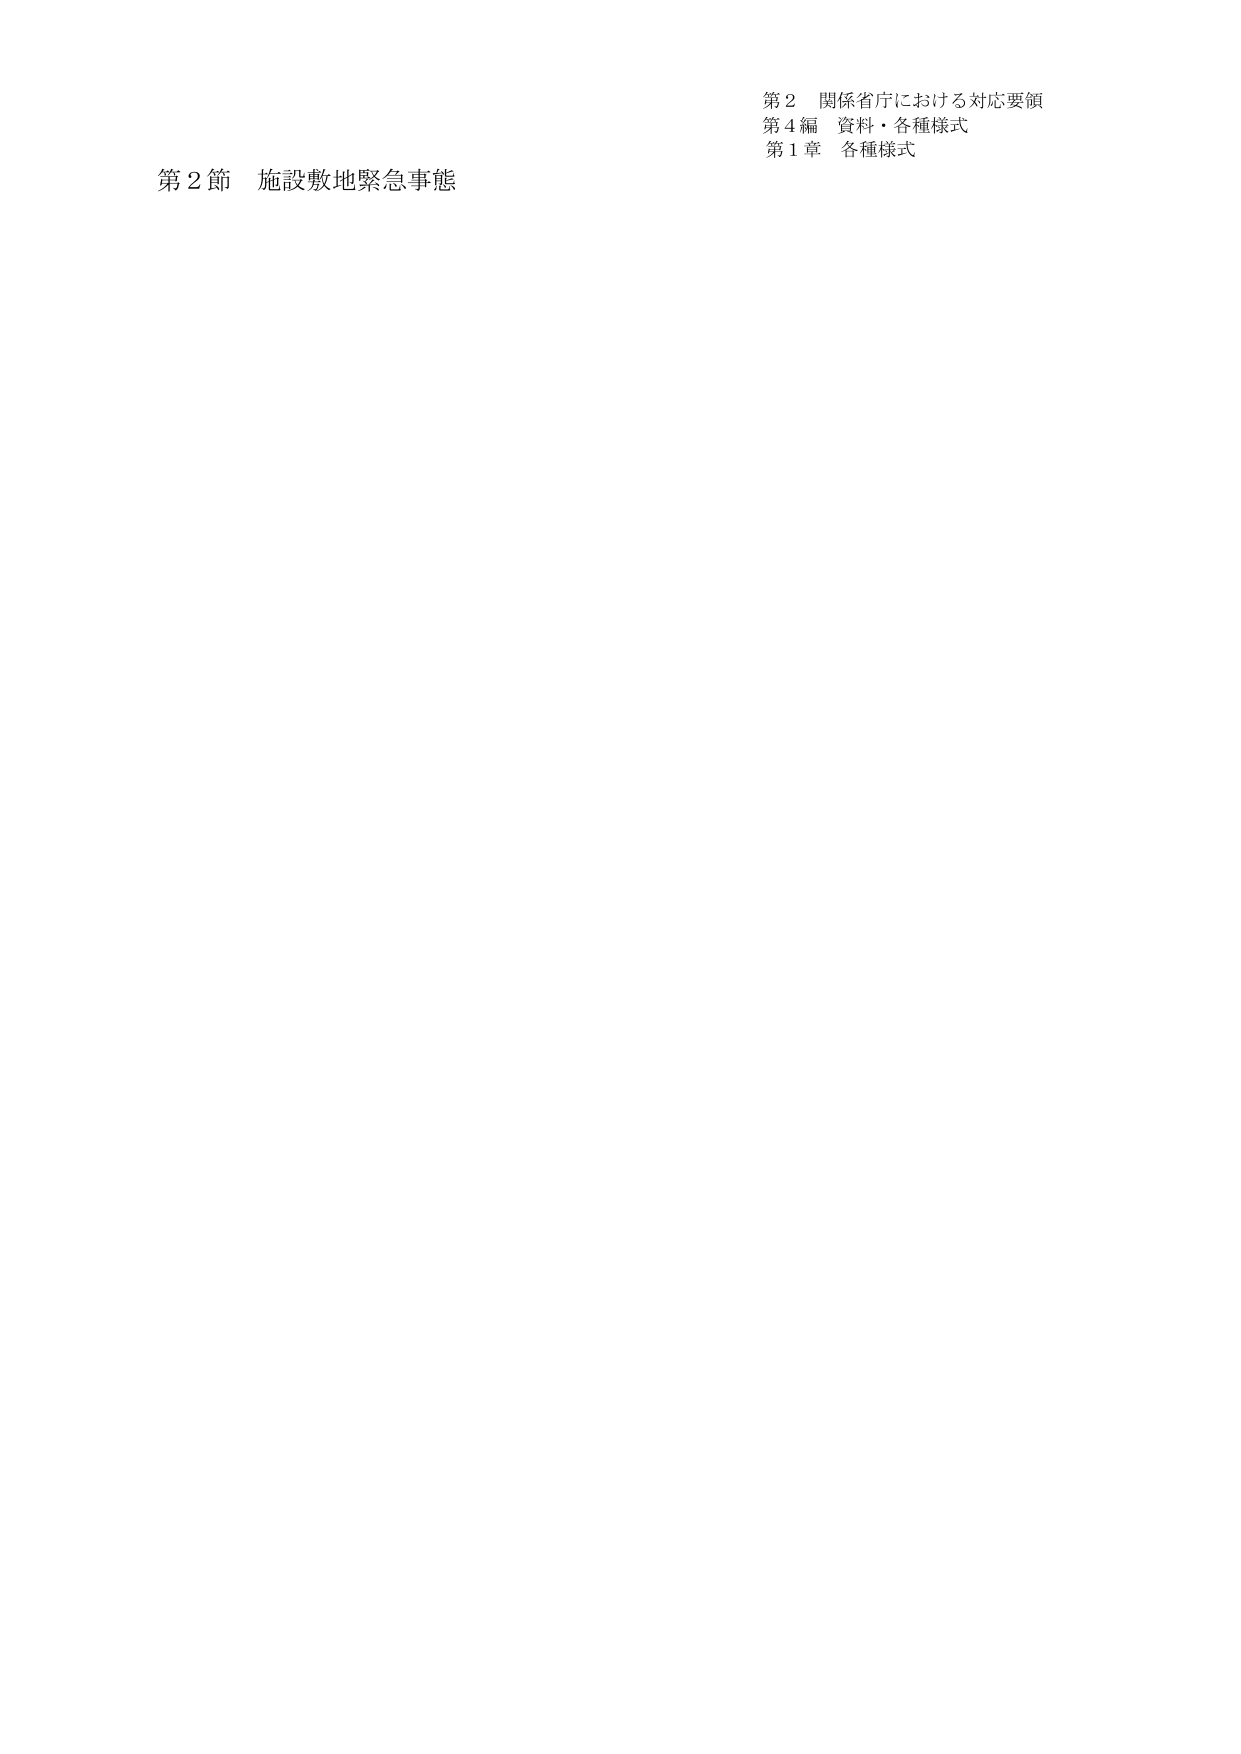
第２節 施設敷地緊急事態

第２ 関係省庁における対応要領
第４編 資料・各種様式
第１章 各種様式